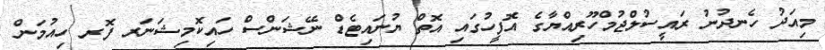
މިއަދު ހެނދުނު ރައީސުލްޖުމްހޫރިއްޔާގެ އޮފީހުގައި އޮތް ޔުނައިޓެޑް ނޭޝަންސް ހައިކޮމިޝަނަރ ފޮރ ހިއުމަން